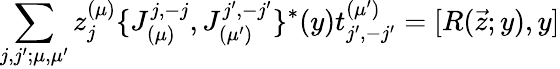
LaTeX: \sum_{j,j^{\prime};\mu,\mu^{\prime}}z_{j}^{(\mu)}\{ J_{(\mu)}^{j,-j},J_{(\mu^{\prime})}^{j^{\prime},-j^{\prime}}\} ^{*}(y)t_{j^{\prime},-j^{\prime}}^{(\mu^{\prime})}=[R(\vec{z};y),y]